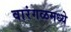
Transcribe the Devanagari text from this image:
वारंगळमध्ये